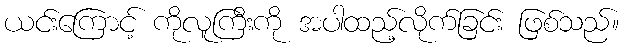
ယင်းကြောင့် ကိုလူကြီးကို အပါထည့်လိုက်ခြင်း ဖြစ်သည်။